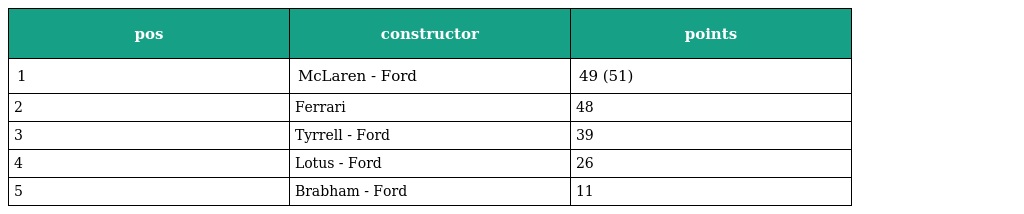
| pos | constructor | points |
 | --- | --- | --- |
 | 1 | McLaren - Ford | 49 (51) |
 | 2 | Ferrari | 48 |
 | 3 | Tyrrell - Ford | 39 |
 | 4 | Lotus - Ford | 26 |
 | 5 | Brabham - Ford | 11 |